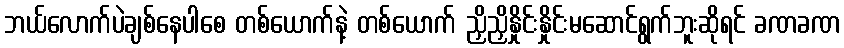
ဘယ်လောက်ပဲချစ်နေပါစေ တစ်ယောက်နဲ့ တစ်ယောက် ညှိညှိနှိုင်းနှိုင်းမဆောင်ရွက်ဘူးဆိုရင် ခဏခဏ